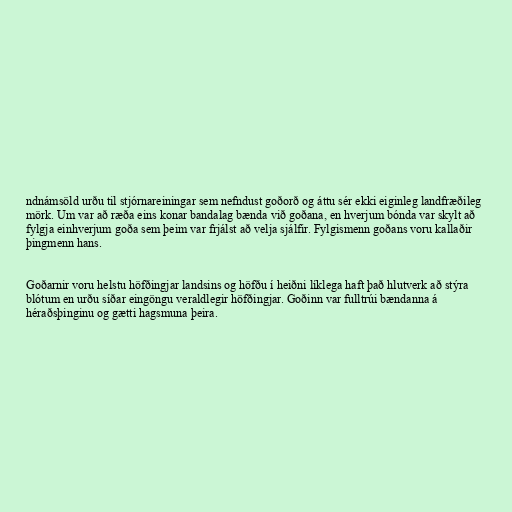
ndnámsöld urðu til stjórnareiningar sem nefndust goðorð og áttu sér ekki eiginleg landfræðileg
mörk. Um var að ræða eins konar bandalag bænda við goðana, en hverjum bónda var skylt að
fylgja einhverjum goða sem þeim var frjálst að velja sjálfir. Fylgismenn goðans voru kallaðir
þingmenn hans.

Goðarnir voru helstu höfðingjar landsins og höfðu í heiðni líklega haft það hlutverk að stýra
blótum en urðu síðar eingöngu veraldlegir höfðingjar. Goðinn var fulltrúi bændanna á
héraðsþinginu og gætti hagsmuna þeira.